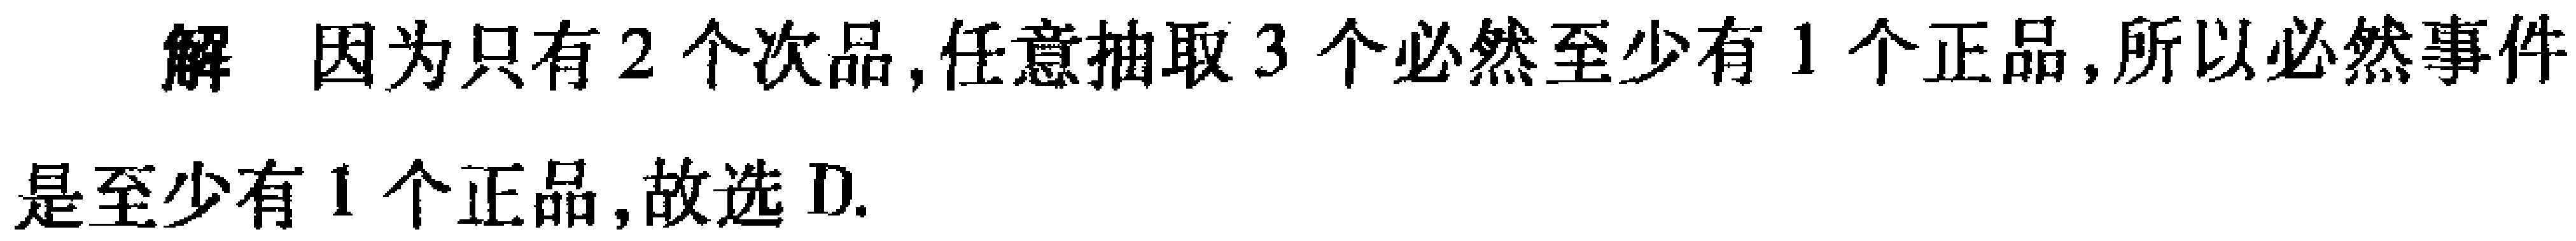
解 因为只有2个次品,任意抽取3个必然至少有1个正品,所以必然事件是至少有1个正品,故选D.